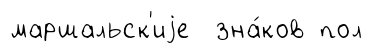
маршальск'иjе зна́ков пол